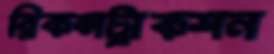
রিকন্সট্রাকশন